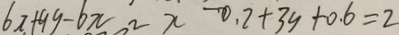
6 x + 9 y - 6 x 2 x - 0 . 2 + 3 y + 0 . 6 = 2